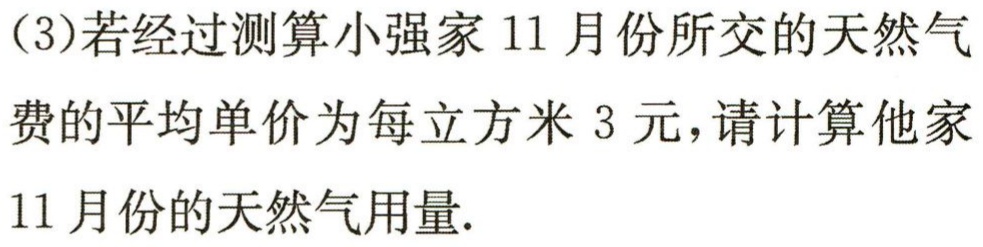
(3)若经过测算小强家11月份所交的天然气

费的平均单价为每立方米3元，请计算他家

11月份的天然气用量.